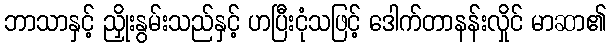
ဘာသာနှင့် ညှိုးနွမ်းသည်နှင့် ဟပြီးငုံသဖြင့် ဒေါက်တာနန်းလှိုင် မာဆာ၏